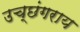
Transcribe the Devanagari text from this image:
उच्छंगराय